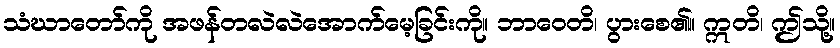
သံဃာတော်ကို အဖန်တလဲလဲအောက်မေ့ခြင်းကို။ ဘာဝေတိ၊ ပွားစေ၏။ ဣတိ၊ ဤသို့။